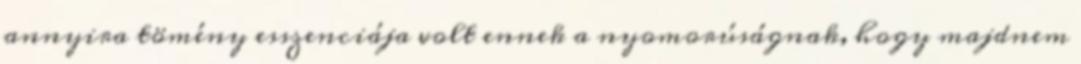
annyira tömény esszenciája volt ennek a nyomorúságnak, hogy majdnem